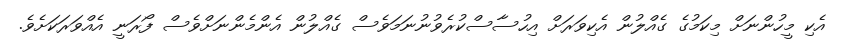
އެކި މީހުންނަށް މިކަމުގެ ގެއްލުން އެކިވަރަަށް އިހުސާސްކުރެވުނުނަމަވެސް ގެއްލުން އެންމެންނަށްވެސް ފޯރަނީ އެއްވަރަކަށެވެ.